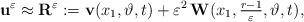
LaTeX: \begin{align*} {\bf u}^\varepsilon \approx {\bf R}^\varepsilon := {\bf v}(x_1, \vartheta, t) + {\varepsilon^2} \, {\bf W}(x_1,\tfrac{r-1}{{\varepsilon}},\vartheta,t),\end{align*}